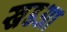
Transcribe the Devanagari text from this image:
खडआ